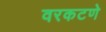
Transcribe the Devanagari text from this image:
वरकटणे